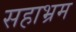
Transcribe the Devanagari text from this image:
सहाभ्रम